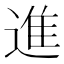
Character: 進